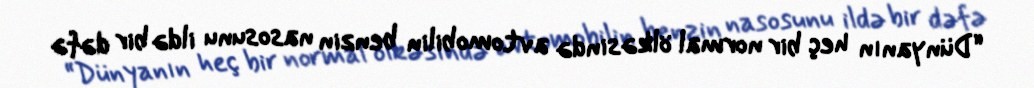
“Dünyanın heç bir normal ölkəsində avtomobilin benzin nasosunu ildə bir dəfə